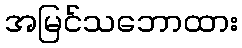
အမြင်သဘောထား